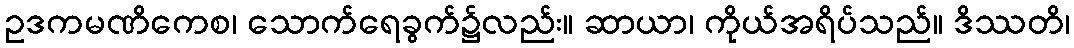
ဥဒကမဏိကေစ၊ သောက်ရေခွက်၌လည်း။ ဆာယာ၊ ကိုယ်အရိပ်သည်။ ဒိဿတိ၊